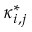
\boldsymbol { \kappa } _ { i , j } ^ { * }